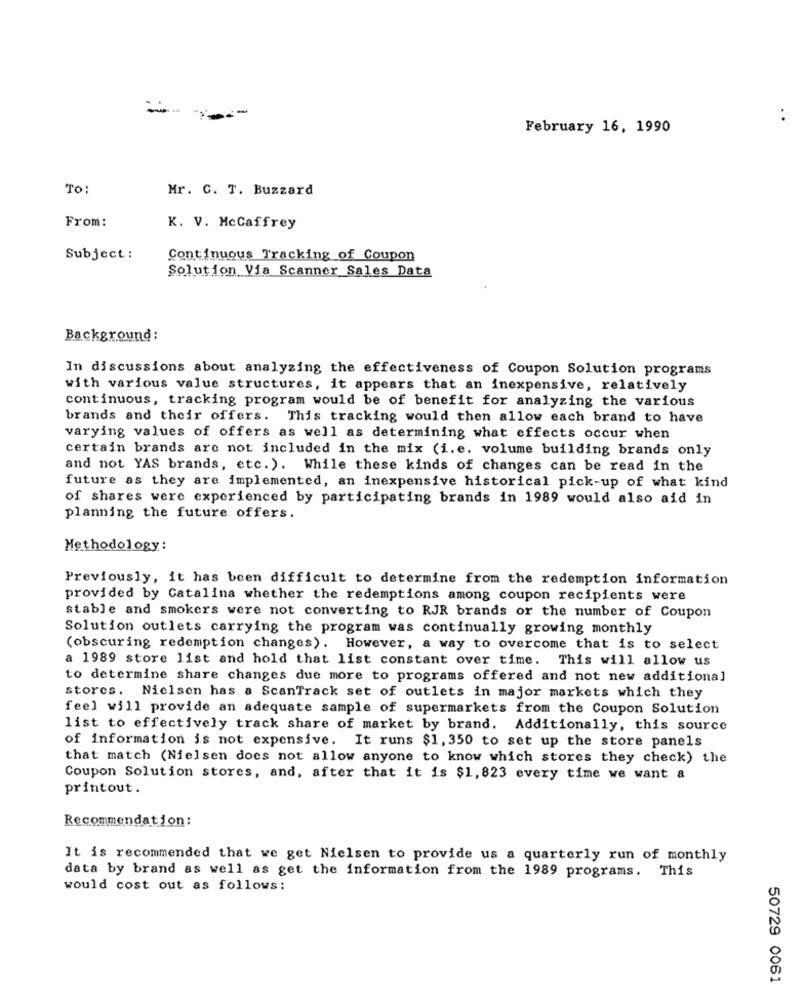
..
February 16, 1990
TO:
Mr. C. T. Buzzard
From:
K. V. McCaffrey
Subject :
Continuous Tracking of Coupon
Solution Via Scanner Sales Data
Background:
In discussions about analyzing the effectiveness of Coupon Solution programs
with various value structures, it appears that an inexpensive, relatively
continuous, tracking program would be of benefit for analyzing the various
brands and their offers. This tracking would then allow each brand to have
varying values of offers as well as determining what effects occur when
certain brands are not included in the mix (i.e. volume building brands only
and not YAS brands, etc. ). While these kinds of changes can be read in the
future as they are implemented, an inexpensive historical pick-up of what kind
of shares were experienced by participating brands in 1989 would also aid in
planning the future offers.
Methodology:
Previously, it has been difficult to determine from the redemption information
provided by Catalina whether the redemptions among coupon recipients were
stable and smokers were not converting to RJR brands or the number of Coupon
Solution outlets carrying the program was continually growing monthly
(obscuring redemption changes). However, a way to overcome that is to select
a 1989 store list and hold that list constant over time. This will allow us
to determine share changes due more to programs offered and not new additional
stores. Nielsen has a ScanTrack set of outlets in major markets which they
feel will provide an adequate sample of supermarkets from the Coupon Solution
list to effectively track share of market by brand. Additionally, this source
of information is not expensive. It runs $1, 350 to set up the store panels
that match (Nielsen does not allow anyone to know which stores they check) the
Coupon Solution stores, and, after that it is $1,823 every time we want a
printout.
Recommendation :
It is recommended that we get Nielsen to provide us a quarterly run of monthly
data by brand as well as get the information from the 1989 programs. This
would cost out as follows:
50729 0061